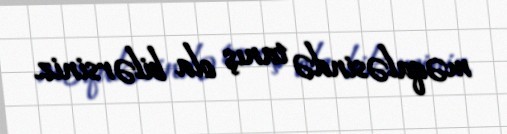
məqaləsində tanış ola bilərsiniz.